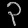
Digit: ၃